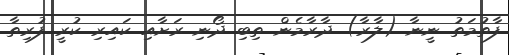
ފާތުމަތު ނީނާ (ލާރާ) ދާރާމެން ތިބި ދޯނި ރަށާއި ކައިރި ކުރީ ފުރިތާ